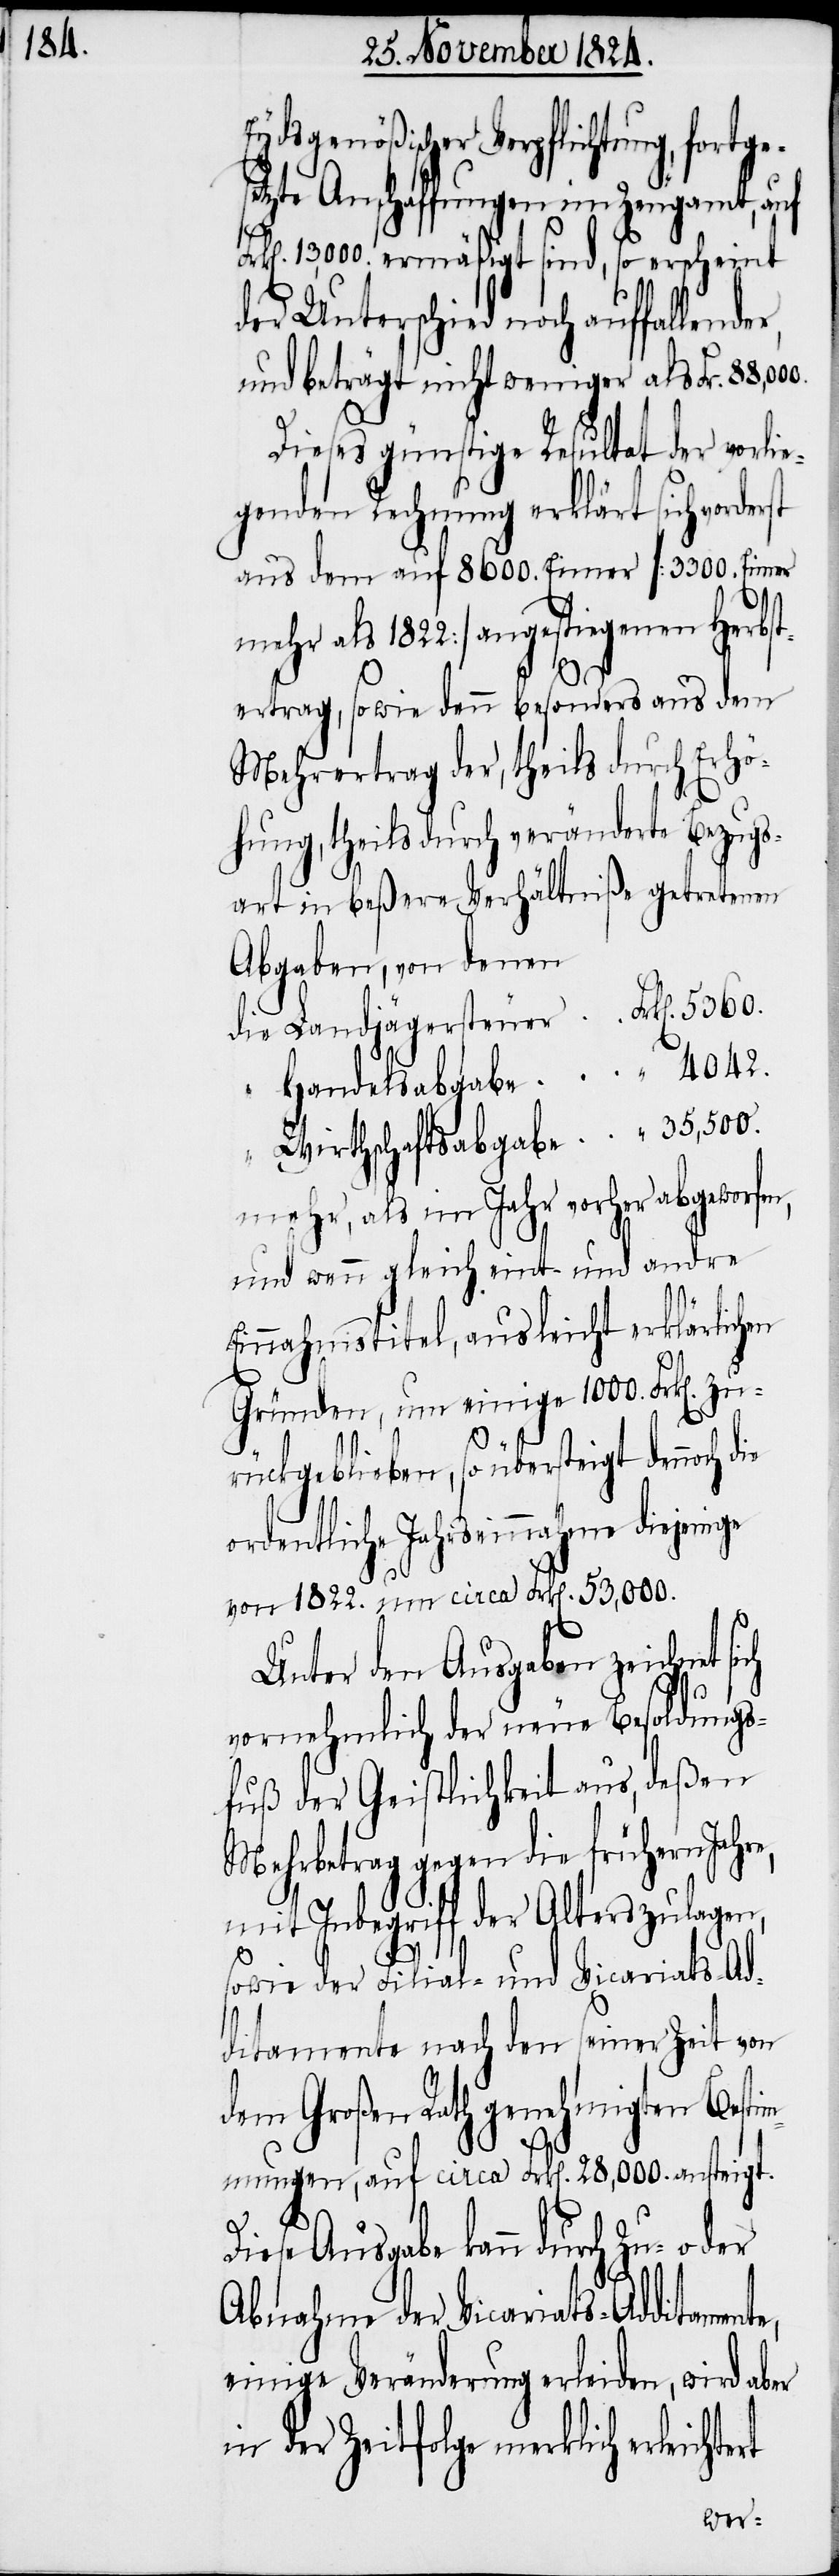
Eydsgenößischer Verpflichtung, fortge¬
setzte Anschaffungen im Zeugamt, auf
13,000. ermäßigt sind, so erscheint
der Unterschied noch auffallende¬
und beträgt nicht weniger als Frk[en].
Dieses günstige Resultat der vorli¬
egenden Rechnung erklärt sich vord¬
aus dem auf 8600. Einer [3300. Eimer
mehr als 1822.] angestiegenen Herbst¬
nte,
vertrag, sowie denn besonders aus dem
Mehrertrag der, theils durch Erhö¬
rung, theils durch veränderte Bezugs¬
art in beßere Verhältniße getretenen
Abgaben, von denen
die Landjägersteuer 		Frk[en]. 5360.
“ Handelsabgabe			 “ 4042.
“ Wirthschaftsabgabe	 “ 35,550.
mehr, als im Jahr vorher abgeworfe¬
und wenn gleich eint und andre
Einnahmstitel, aus leicht erklärlichen
Gründen, um einige 1000. Frk[en]. zu¬
rückgeblieben, so übersteigt de¬
ordentliche Jahrseinnahme diejen¬
von 1822. um circa Frk[en]. 53,000.
Unter den Ausgaben zeichnet sich
vornehmlich der neue Besoldungs¬
fuß der Geistlichkeit aus, deßen
Mehrbetrag gegen die frühern Jahre,
mit Inbegriff der Alterszulagen,
sowie der Filial- und Vicariats-Ad¬
ditamente nach den seiner Zeit von
dem Großen Rath genehmigten Besti¬
mmungen, auf circa Frk[en]. 28,000. ansteigt.
Diese Ausgabe kann durch Zu- oder
Abnahme der Vicariats-Additame¬
einige Veränderung erleiden, wird aber
in der Zeitfolge merklich erleicht¬
ert